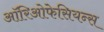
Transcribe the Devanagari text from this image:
ऑरिओफेसियन्स